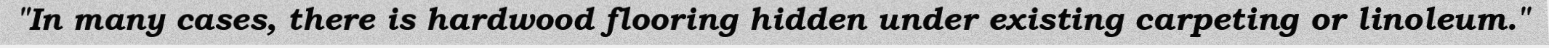
"In many cases, there is hardwood flooring hidden under existing carpeting or linoleum."